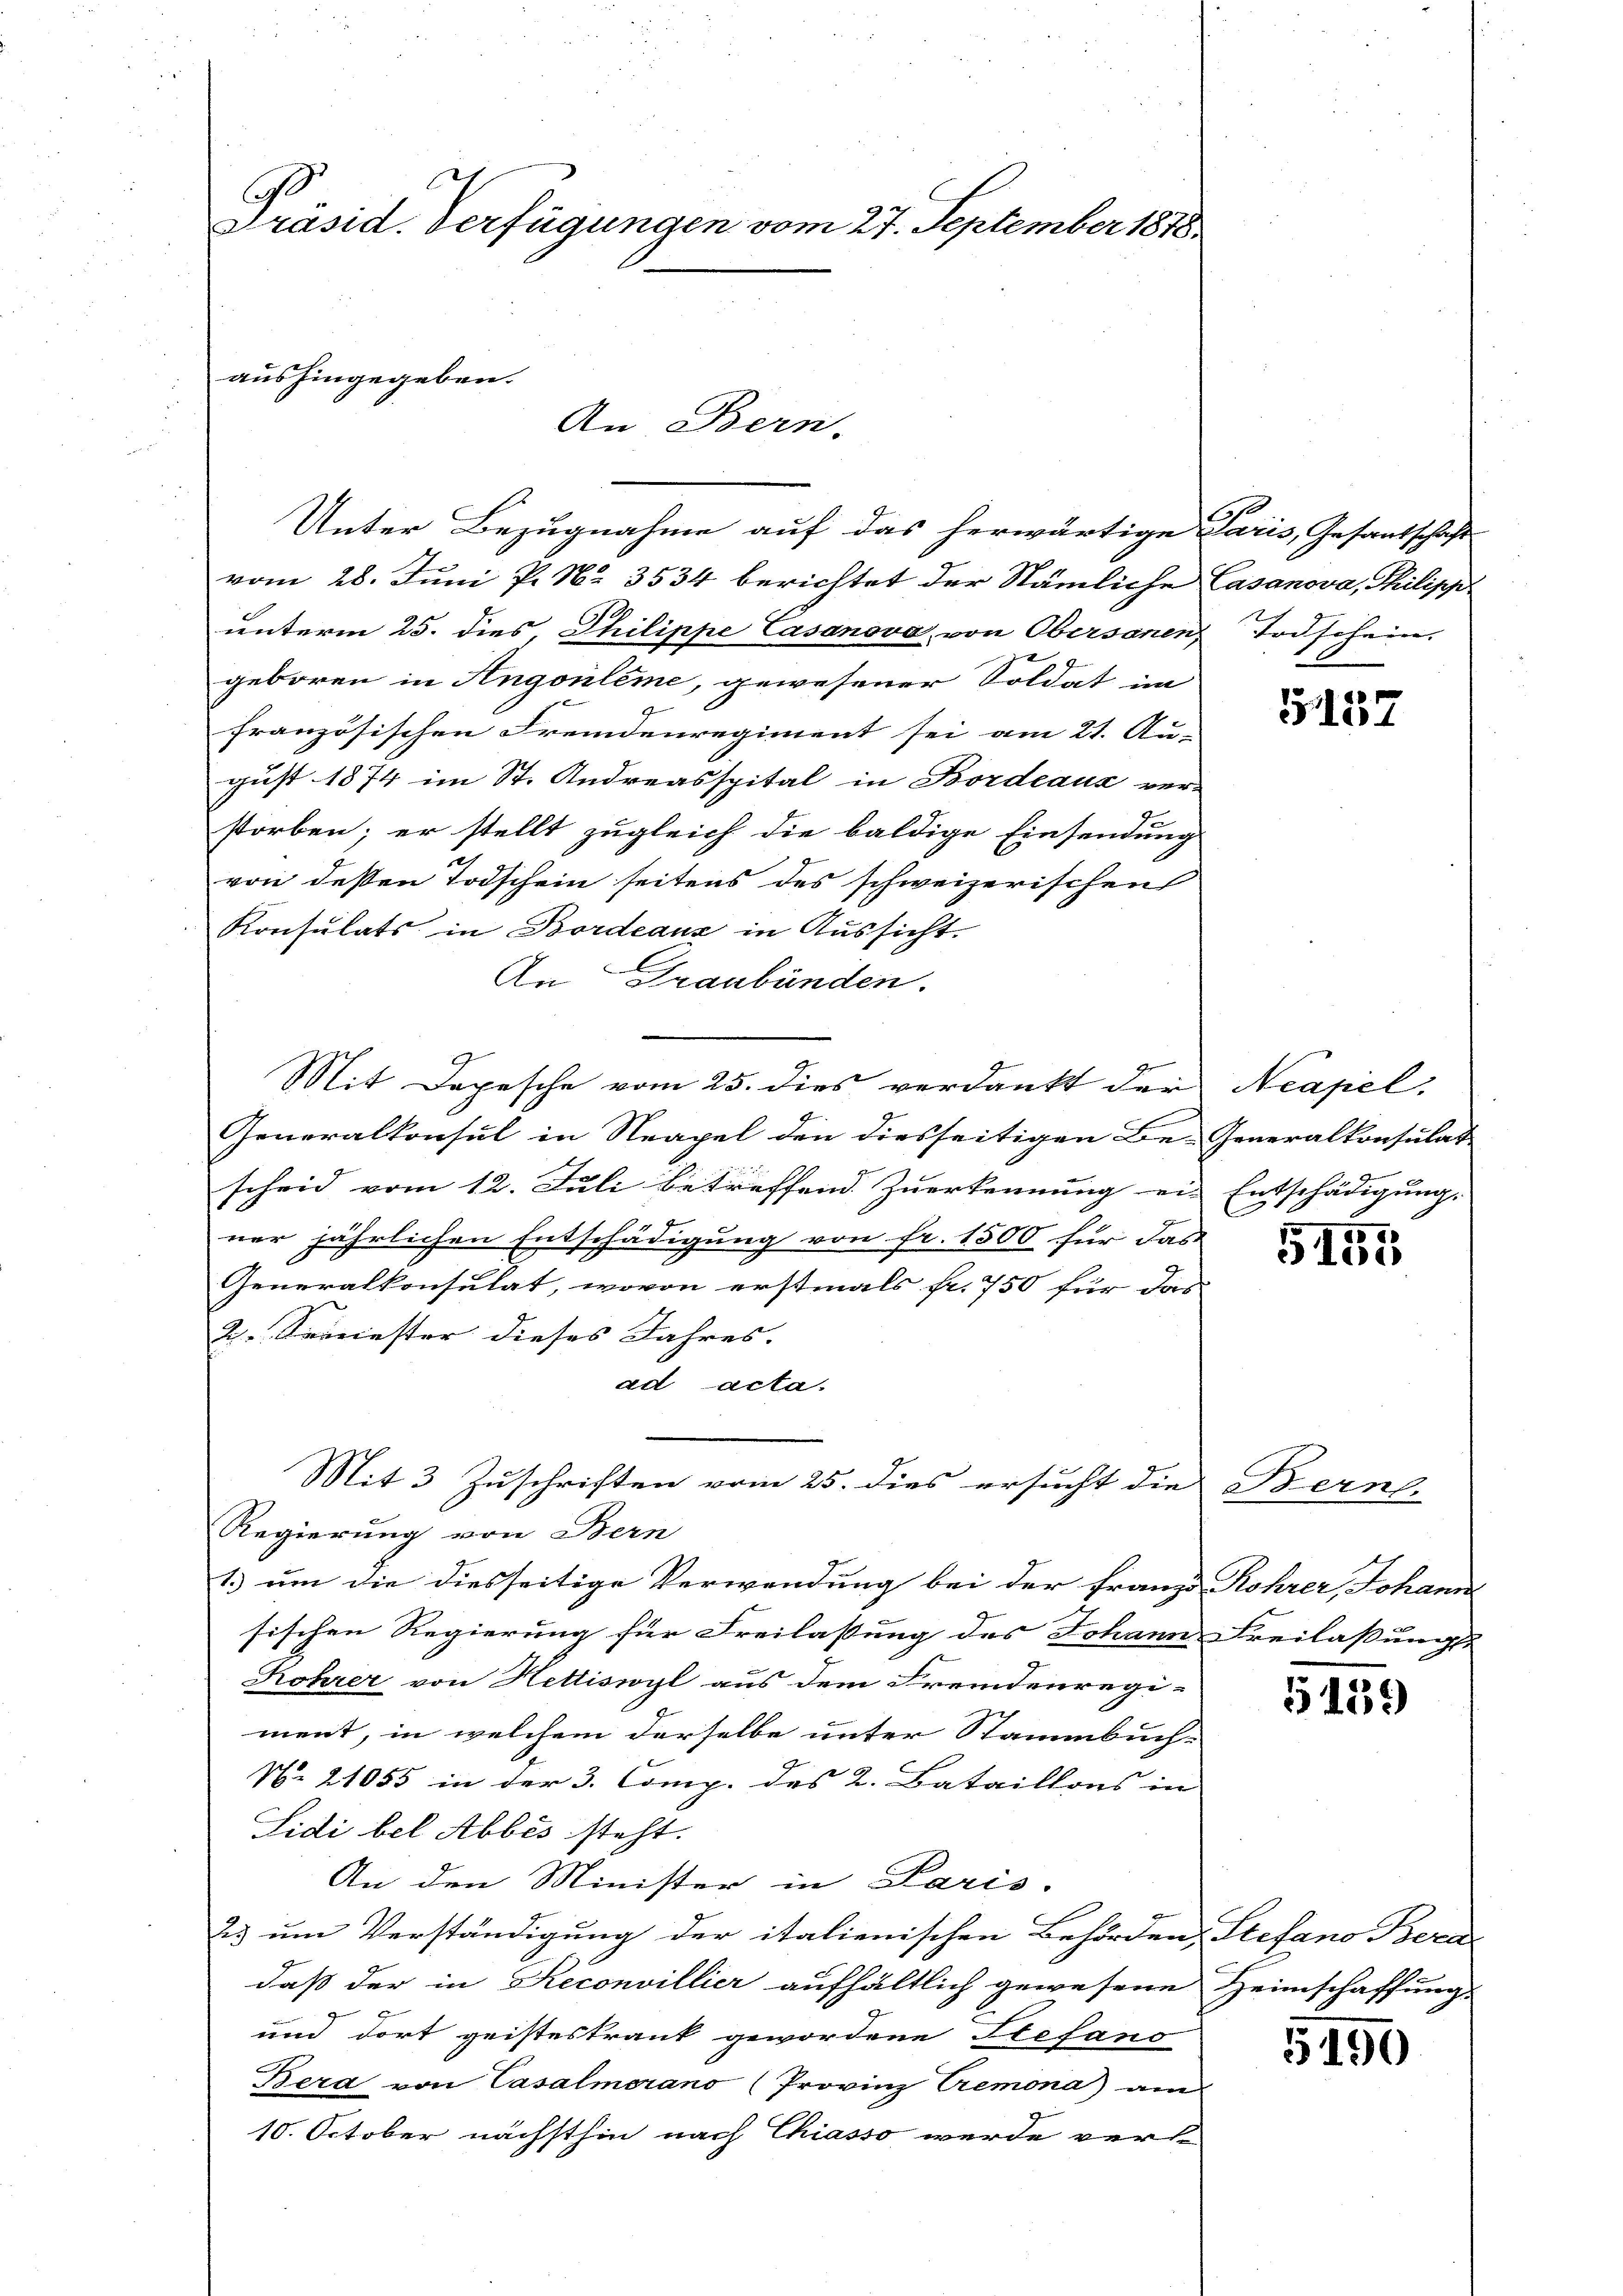
Präsid. Verfügungen vom 27. September 1878

aushingegeben.

An Bern.

Unter Bezugnahme auf das herwärtige Paris, Gesandtschaft
vom 28. Juni P. Nr. 3534 berichtet der Nämliche Casanova, Philipp
unterm 25. dies, Philippe Casanova von Obersanen Todschein.
x
geboren in Angouleme, gewesener Soldat im
französischen Fremdenregiment sei am 21. Au- |
gust 1874 im St. Andreasspital in Bordeaux ver-
storben; er stellt zugleich die baldige Einsendung
von dessen Todschein seitens des schweizerischen
Konsulats in Bordeaux in Aussicht.
l
An Graubünden.
Mit Depesche vom 25. dies verdankt der
Generalkonsul in Neapel den diesseitigen Be-Generalkonsulat
scheid vom 12. Juli betreffend. Zuerkennung ein Entschädigung,
4
ner jährlichen Entschädigung von Fr. 1500 für das
Generalkonsulat, wovon erstmals fr. 750 für das
2 Semester dieses Jahres.
ad acta.
Mit 3 Zuschriften vom 25. dies ersucht die Berne-
Regierung von Bern
1.) um die diesseitige Verwendung bei der franzo Rohrer, Johann
sischen Regierung für Freilassung des Johann Freilassungs-
Kohrer von Hettiswyl aus dem Fremdenregi-
ment, in welchem derselbe unter Stammbuch-
Nr. 21055 in der 3. Comp. des 2. Bataillons in
Sidi bel Abbes steht.
An den Minister in Paris.
2 um Verständigung der italienischen Behörden, Stefano Bera
daß der in Reconvillier aufhältlich gewesene Heimschaffung
und dort geisteskrank gewordene Stefano
Bera von Casalmerano (Provinz Cremona) am
10. October nächsthin nach Chiasso werde verl

h

5157

Neapel.

5157

5139

5190